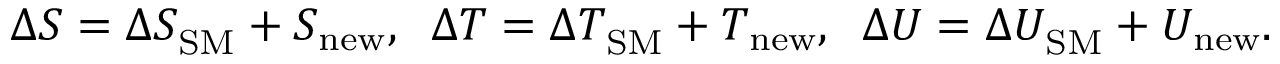
\Delta S = \Delta S _ { \mathrm { S M } } ^ { } + S _ { \mathrm { n e w } } ^ { } , \; \; \Delta T = \Delta T _ { \mathrm { S M } } ^ { } + T _ { \mathrm { n e w } } ^ { } , \; \; \Delta U = \Delta U _ { \mathrm { S M } } ^ { } + U _ { \mathrm { n e w } } ^ { } .